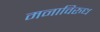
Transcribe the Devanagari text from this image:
मनाविरुध